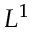
L ^ { 1 }